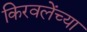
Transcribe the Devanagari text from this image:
किरवलेंच्या